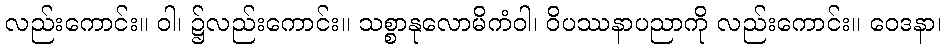
လည်းကောင်း။ ဝါ၊ ၌လည်းကောင်း။ သစ္စာနုလောမိကံဝါ၊ ဝိပဿနာပညာကို လည်းကောင်း။ ဝေဒနာ၊